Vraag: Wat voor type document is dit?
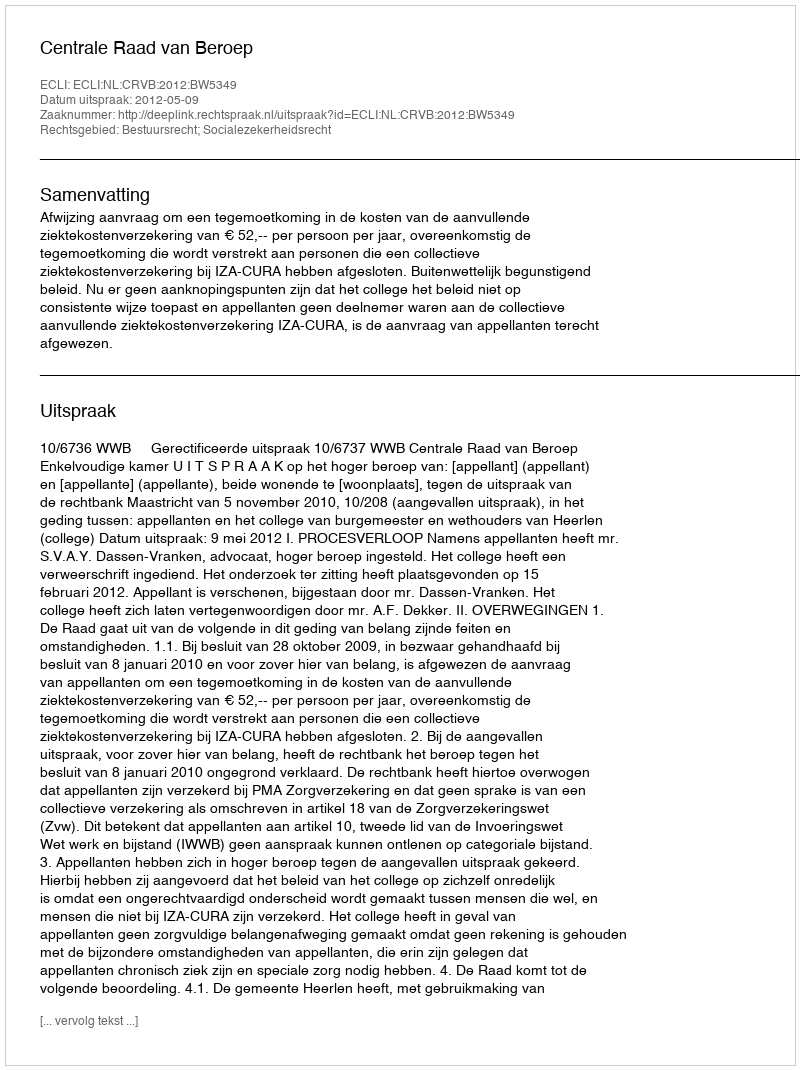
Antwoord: Uitspraak